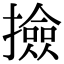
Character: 撿